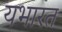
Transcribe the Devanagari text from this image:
यभारत